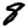
Digit: 8